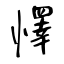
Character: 懌